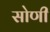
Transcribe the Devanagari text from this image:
सोणी